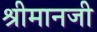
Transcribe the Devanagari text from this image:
श्रीमानजी